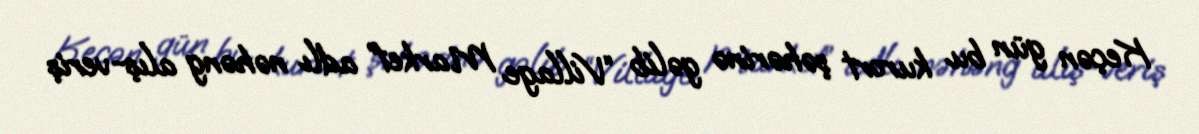
Keçən gün bu kurort şəhərinə gəlib “Village Market” adlı nəhəng alış-veriş